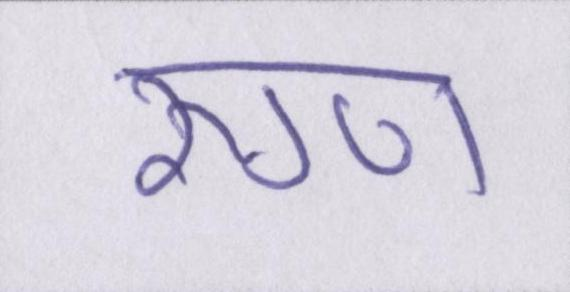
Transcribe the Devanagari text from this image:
रुग्ण